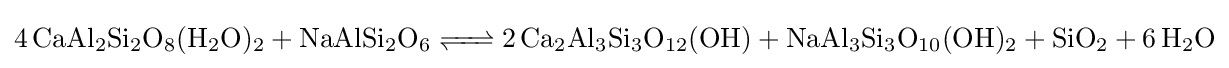
{\ce {4CaAl2Si2O8(H2O)2 + NaAlSi2O6 <=> 2Ca2Al3Si3O12(OH) + NaAl3Si3O10(OH)2 + SiO2 + 6H2O}}